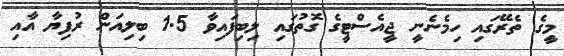
މީގެ ތެރޭގައި ހިމެނެނީ ޖީއެސްޓީގެ ގޮތުގައި ލިބިފައިވާ 1.5 ބިލިއަން ރުފިޔާ އާއި